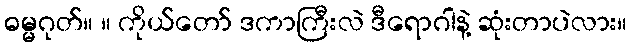
ဓမ္မဂုတ်။ ။ ကိုယ်တော် ဒကာကြီးလဲ ဒီရောဂါနဲ့ ဆုံးတာပဲလား။